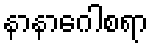
နာနာဂေါစရာ